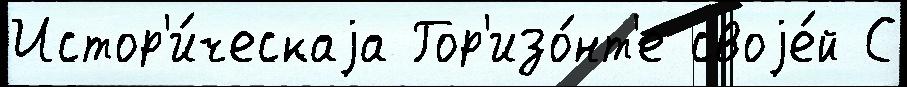
Истор'и́ческаjа Гор'изо́нт'е своjе́й С